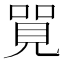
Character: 𠺐